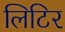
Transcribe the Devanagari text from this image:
लिटिर